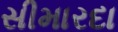
સીમારદા